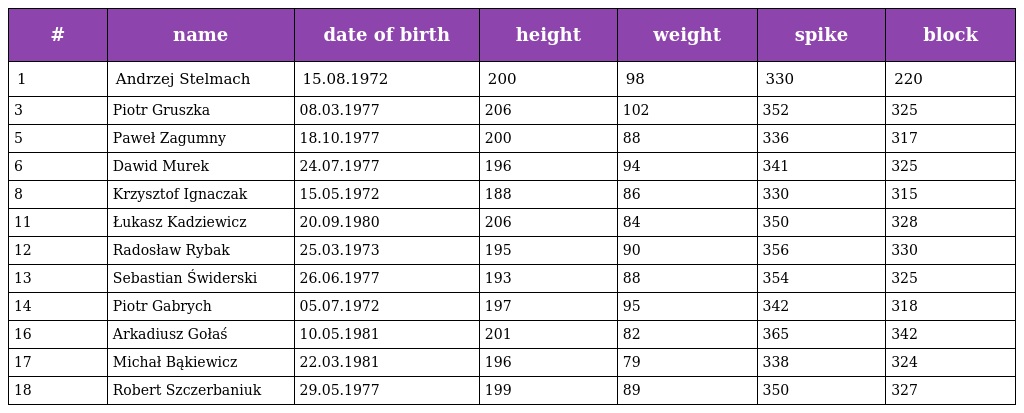
| # | name | date of birth | height | weight | spike | block |
 | --- | --- | --- | --- | --- | --- | --- |
 | 1 | Andrzej Stelmach | 15.08.1972 | 200 | 98 | 330 | 220 |
 | 3 | Piotr Gruszka | 08.03.1977 | 206 | 102 | 352 | 325 |
 | 5 | Paweł Zagumny | 18.10.1977 | 200 | 88 | 336 | 317 |
 | 6 | Dawid Murek | 24.07.1977 | 196 | 94 | 341 | 325 |
 | 8 | Krzysztof Ignaczak | 15.05.1972 | 188 | 86 | 330 | 315 |
 | 11 | Łukasz Kadziewicz | 20.09.1980 | 206 | 84 | 350 | 328 |
 | 12 | Radosław Rybak | 25.03.1973 | 195 | 90 | 356 | 330 |
 | 13 | Sebastian Świderski | 26.06.1977 | 193 | 88 | 354 | 325 |
 | 14 | Piotr Gabrych | 05.07.1972 | 197 | 95 | 342 | 318 |
 | 16 | Arkadiusz Gołaś | 10.05.1981 | 201 | 82 | 365 | 342 |
 | 17 | Michał Bąkiewicz | 22.03.1981 | 196 | 79 | 338 | 324 |
 | 18 | Robert Szczerbaniuk | 29.05.1977 | 199 | 89 | 350 | 327 |